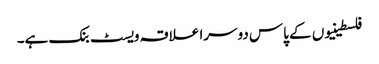
فلسطینیوں کے پاس دوسرا علاقہ ویسٹ بنک ہے۔